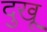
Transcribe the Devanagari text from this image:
दुखू